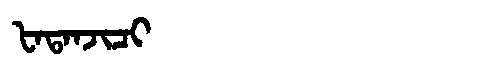
Manchu: ᡶᠠᡨᠠᠨᠵᡳᠴᡳ
Romanization: FATANJICI